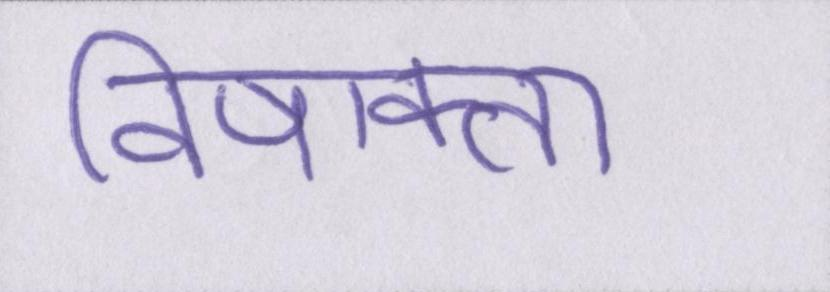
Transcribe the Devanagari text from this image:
विषाक्त